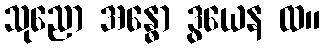
သုညော အန္ဓော ဒွယေန ထ။